Lock hospitals Punjab
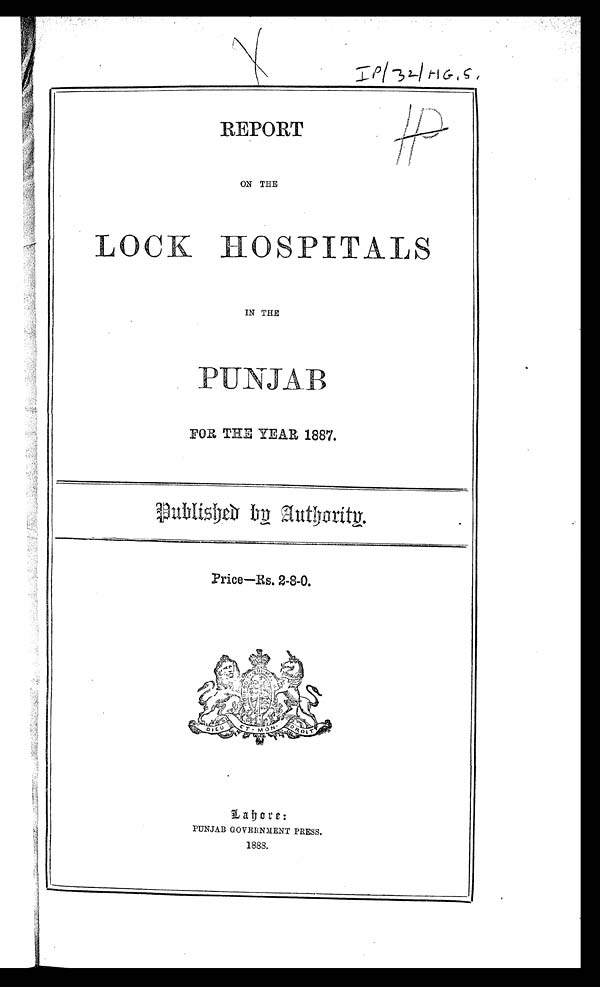
ON THE
L O C K H O S P I T A L S
IN THE
P U N J A B
FOR THE YEAR 1887.
Published by Authority.
Price—Rs. 2-8-0.
L o h o r e :
PUNJAB GOVERNMENT PRESS.
1888.